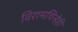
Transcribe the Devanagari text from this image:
विरामचिन्हेही